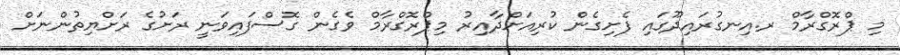
މި ޕްރޮގްރާމް ރ.އިނގުރައިދޫގައި ފެށިގެން ކުރިއަށްދާއިރު މިޕްރޮގްރާމް ވެގެން ގޮސްފައިވަނީ ރަށުގެ ރަށްޔިތުންނަށް